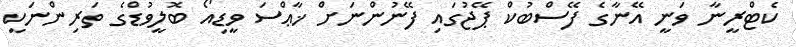
ކެޓްރީނާ ވަނީ އޭނާގެ ފޭސްބުކް ޕޭޖުގައި ފޭނުންނަށް ޚާޢްްސަ ވީޑިއޯ ބޮލީވުޑްގެ ތަރިންނަކީ